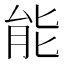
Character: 能